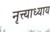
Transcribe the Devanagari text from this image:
नृत्त्याध्याय